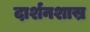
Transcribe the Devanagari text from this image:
दार्शनशास्र